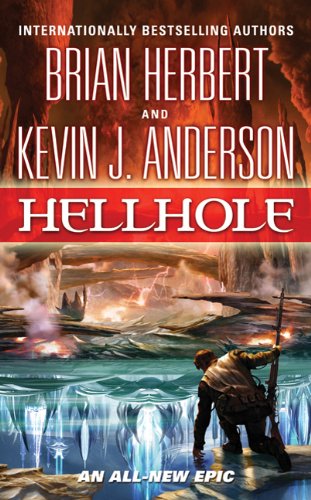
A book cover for Hellhole (The Hellhole Trilogy); Brian Herbert; Science Fiction & Fantasy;